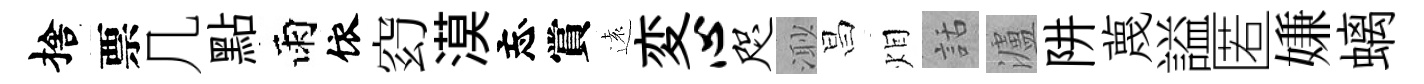
捨票几點雨依𥥆漠忘賞遠変心咫𣺌昌𤇆話瀘阱蔑謚匿嫌螭